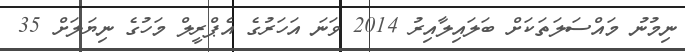
ނިމުނު މައްސަލަތަކަށް ބަލައިލާއިރު 2014 ވަނަ އަހަރުގެ އެޕްރީލް މަހުގެ ނިޔަލަށް 35